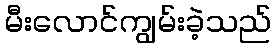
မီးလောင်ကျွမ်းခဲ့သည်